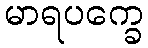
မာရပက္ခေ